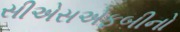
સીએસએફબીનો